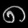
Digit: ၈